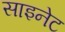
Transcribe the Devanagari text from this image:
साइनेट